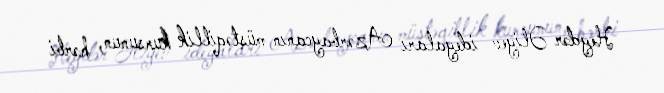
Heydər Əliyev ideyaları Azərbaycanın müstəqillik kursunun, hərbi